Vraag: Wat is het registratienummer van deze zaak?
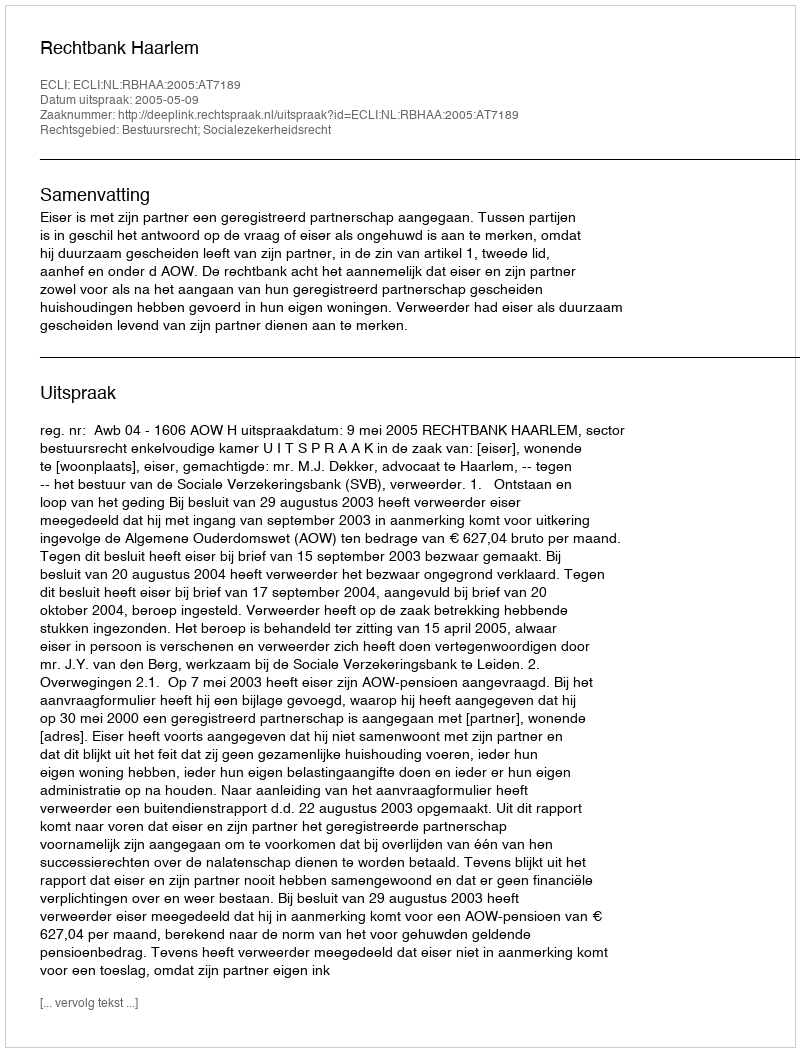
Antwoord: http://deeplink.rechtspraak.nl/uitspraak?id=ECLI:NL:RBHAA:2005:AT7189